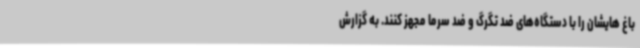
باغ هایشان را با دستگاه‌های ضد تگرگ و ضد سرما مجهز کنند. به گزارش